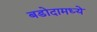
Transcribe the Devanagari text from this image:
बडोदामध्ये